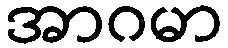
အာဂမာ